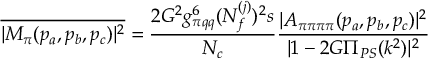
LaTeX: \overline { { { | { \cal M } _ { \pi } ( p _ { a } , p _ { b } , p _ { c } ) | ^ { 2 } } } } = \frac { 2 G ^ { 2 } g _ { \pi q q } ^ { 6 } ( N _ { f } ^ { ( j ) } ) ^ { 2 } s } { N _ { c } } \frac { | A _ { \pi \pi \pi \pi } ( p _ { a } , p _ { b } , p _ { c } ) | ^ { 2 } } { | 1 - 2 G \Pi _ { P S } ( k ^ { 2 } ) | ^ { 2 } }